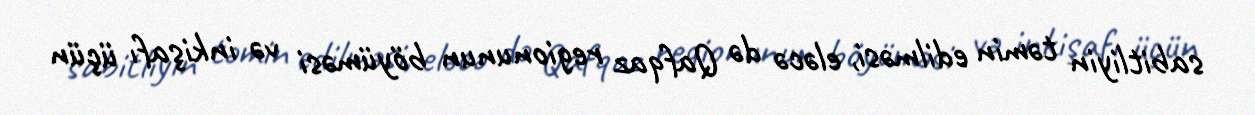
sabitliyin təmin edilməsi, eləcə də Qafqaz regionunun böyüməsi və inkişafı üçün